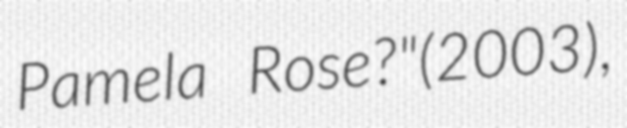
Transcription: Pamela Rose?"(2003),